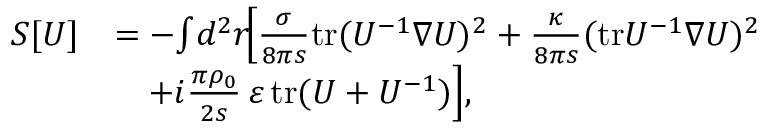
\begin{array} { r l } { S [ U ] } & { = - \! \int \! d ^ { 2 } r \! \Big [ \frac { \sigma } { 8 \pi s } \mathrm { t r } ( U ^ { - 1 } \nabla U ) ^ { 2 } + \frac { \kappa } { 8 \pi s } ( \mathrm { t r } U ^ { - 1 } \nabla U ) ^ { 2 } } \\ & { \quad + i \frac { \pi \rho _ { 0 } } { 2 s } \, \varepsilon \, \mathrm { t r } ( U + U ^ { - 1 } ) \Big ] , } \end{array}